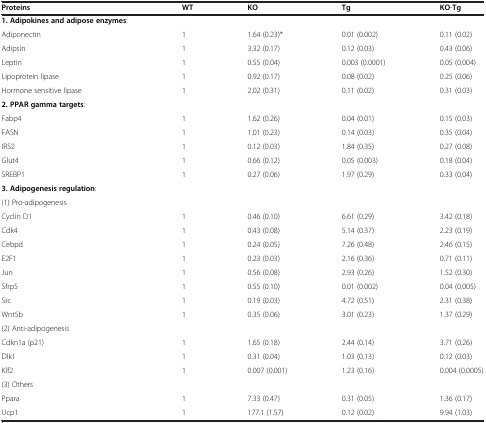
<table><thead><tr><td><b>Proteins</b></td><td><b>WT</b></td><td><b>KO</b></td><td><b>Tg</b></td><td><b>KO-Tg</b></td></tr></thead><tbody><tr><td><b>1. Adipokines and adipose enzymes</b>:</td><td> </td><td> </td><td> </td><td> </td></tr><tr><td>Adiponectin</td><td>1</td><td>1.64 (0.23)*</td><td>0.01 (0.002)</td><td>0.11 (0.02)</td></tr><tr><td>Adipsin</td><td>1</td><td>3.32 (0.17)</td><td>0.12 (0.03)</td><td>0.43 (0.06)</td></tr><tr><td>Leptin</td><td>1</td><td>0.55 (0.04)</td><td>0.003 (0.0001)</td><td>0.05 (0.004)</td></tr><tr><td>Lipoprotein lipase</td><td>1</td><td>0.92 (0.17)</td><td>0.08 (0.02)</td><td>0.25 (0.06)</td></tr><tr><td>Hormone sensitive lipase</td><td>1</td><td>2.02 (0.31)</td><td>0.11 (0.02)</td><td>0.31 (0.03)</td></tr><tr><td><b>2. PPAR gamma targets</b>:</td><td> </td><td> </td><td> </td><td> </td></tr><tr><td>Fabp4</td><td>1</td><td>1.62 (0.26)</td><td>0.04 (0.01)</td><td>0.15 (0.03)</td></tr><tr><td>FASN</td><td>1</td><td>1.01 (0.23)</td><td>0.14 (0.03)</td><td>0.35 (0.04)</td></tr><tr><td>IRS2</td><td>1</td><td>0.12 (0.03)</td><td>1.84 (0.35)</td><td>0.27 (0.08)</td></tr><tr><td>Glut4</td><td>1</td><td>0.66 (0.12)</td><td>0.05 (0.003)</td><td>0.18 (0.04)</td></tr><tr><td>SREBP1</td><td>1</td><td>0.27 (0.06)</td><td>1.97 (0.29)</td><td>0.33 (0.04)</td></tr><tr><td><b>3. Adipogenesis regulation</b>:</td><td> </td><td> </td><td> </td><td> </td></tr><tr><td>(1) Pro-adipogenesis</td><td> </td><td> </td><td> </td><td> </td></tr><tr><td>Cyclin D1</td><td>1</td><td>0.46 (0.10)</td><td>6.61 (0.29)</td><td>3.42 (0.18)</td></tr><tr><td>Cdk4</td><td>1</td><td>0.43 (0.08)</td><td>5.14 (0.37)</td><td>2.23 (0.19)</td></tr><tr><td>Cebpd</td><td>1</td><td>0.24 (0.05)</td><td>7.26 (0.48)</td><td>2.46 (0.15)</td></tr><tr><td>E2F1</td><td>1</td><td>0.23 (0.03)</td><td>2.16 (0.36)</td><td>0.71 (0.11)</td></tr><tr><td>Jun</td><td>1</td><td>0.56 (0.08)</td><td>2.93 (0.26)</td><td>1.52 (0.30)</td></tr><tr><td>Sfrp5</td><td>1</td><td>0.55 (0.10)</td><td>0.01 (0.002)</td><td>0.04 (0.005)</td></tr><tr><td>Src</td><td>1</td><td>0.19 (0.03)</td><td>4.72 (0.51)</td><td>2.31 (0.38)</td></tr><tr><td>Wnt5b</td><td>1</td><td>0.35 (0.06)</td><td>3.01 (0.23)</td><td>1.37 (0.29)</td></tr><tr><td>(2) Anti-adipogenesis</td><td> </td><td> </td><td> </td><td> </td></tr><tr><td>Cdkn1a (p21)</td><td>1</td><td>1.65 (0.18)</td><td>2.44 (0.14)</td><td>3.71 (0.26)</td></tr><tr><td>Dlk1</td><td>1</td><td>0.31 (0.04)</td><td>1.03 (0.13)</td><td>0.12 (0.03)</td></tr><tr><td>Klf2</td><td>1</td><td>0.007 (0.001)</td><td>1.23 (0.16)</td><td>0.004 (0.0005)</td></tr><tr><td>(3) Others</td><td> </td><td> </td><td> </td><td> </td></tr><tr><td>Ppara</td><td>1</td><td>7.33 (0.47)</td><td>0.31 (0.05)</td><td>1.36 (0.17)</td></tr><tr><td>Ucp1</td><td>1</td><td>177.1 (1.57)</td><td>0.12 (0.02)</td><td>9.94 (1.03)</td></tr></tbody></table>